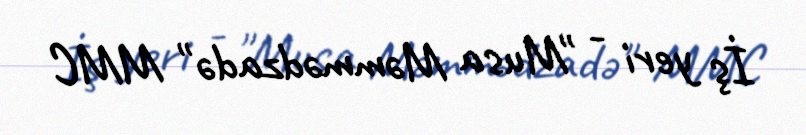
İş yeri - "Musa Məmmədzadə" MMC